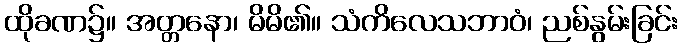
ထိုခဏ၌။ အတ္တနော၊ မိမိ၏။ သံကိလေသဘာဝံ၊ ညစ်နွမ်းခြင်း